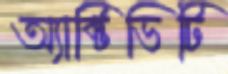
অ্যাক্টিভিটি